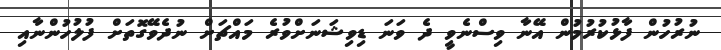
ނުރުހުން ފާޅުކުރުމުން އޭނާ ވިސްނެވީ ދެ ވަނަ ޑިވިޝަނަށްވުރެ މައްޗަށް ނުދެވޭގޮތަށް ފުލުހުންނާއި